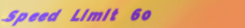
Speed Limit 60